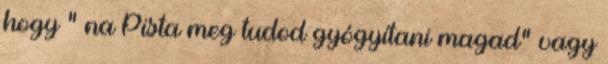
hogy ” na Pista meg tudod gyógyítani magad” vagy